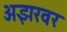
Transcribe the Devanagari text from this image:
अझरवर